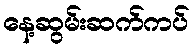
နေ့ဆွမ်းဆက်ကပ်